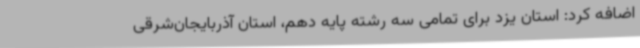
اضافه کرد: استان یزد برای تمامی سه رشته پایه دهم، استان آذربایجان‌شرقی